Report on sanitation, dispensaries, and jails in Rajputana for 1916, and on vaccination for the year 1916-1917 - 1916-1917
Year: 1916
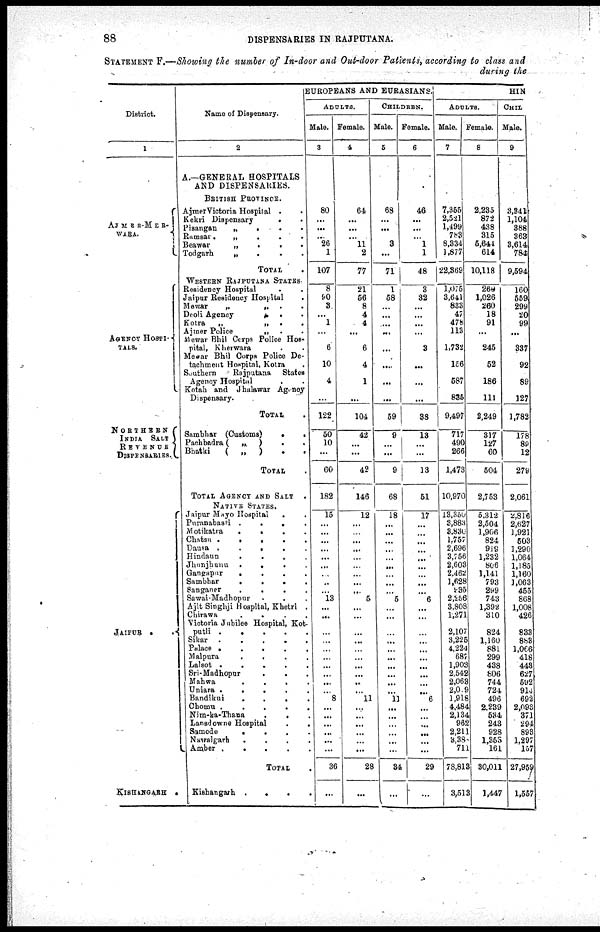
88
DISPENSARIES IN RAJPUTANA.
STATEMENT F.—Showing the number of In-door and Out-door Patients, according to class and
during the
District.
1
AJMER-MER-
WARA.
AGENCY
HOSPITAL.
NORTHERN
INDIA SALT
REVENUE
DISPENSARIES.
JAIPUR . .
KISHANGARH .
Name of Dispensary.
2
A.—GENERAL HOSPITALS
AND DISPENSARIES.
BRITISH PROVINCE.
Ajmer Victoria Hospital . .
Kekri Dispensary
.
.
Pisangan „ . . .
Ramsar .
„
.
.
.
Beawar
„
...
Todgarh
„ . . .
TOTAL.
WESTERN RAJPUTANA STATES.
Residency Hospital ..
Jaipur Residency Hospital . .
Mewar
„
„ . .
Deoli Agency
„
.
.
Kotra
„ „ . .
Ajmer Police
„ . .
Mewar Bhil Corps Police
Hospital, Kherwara . .
Mewar Bhil Corps Police De-
tachment Hospital, Kotra .
Southern
Rajputana
State
Agency Hospital ..
Kotah and Jhulawar Agency
Dispensary.
TOTAL.
Sambhar (Customs)
..
Pacbhadra (
„
) . .
Bhatki
(
„
) . .
TOTAL.
TOTAL AGENCY AND SALT
NATIVE STATES.
Jaipur Mayo Hospital . .
Puranabasti
.
.
.
.
Motikatra....
Chatsu
.
.
.
.
.
Dausa .
.
.
. .
Hindaun
.
.
.
.
Jhunjhunu
.
.
.
.
Gangapur
.
.
.
.
Sambhar
.
.
.
.
Sanganer
.
.
.
.
Sawai-Madhopur . . . .
Ajit Singhji Hospital, Khetri .
Chirawa . . . .
Victoria Jubilee Hospital, Kot-
putli
....
Sikar
....
Palace
....
Malpura
.
.
.
Lalsot .
.
.
.
Sri-Madhopur . . . .
Mahwa
.
.
.
.
Uniara .
.
.
.
Bandikui
.
.
.
.
Chomu .
.
.
.
Nim-ka-Thana . . . .
Lansdowne Hospital . .
Samodo . . . .
Nawalgarh . . . .
Amber .
.
.
.
TOTAL.
Kishangarh . . . .
EUROPEANS AND EURASIANS.
ADULTS.
Male.
3
80
...
...
...
26
1
107
8
90
3
...
1
...
6
10
4
...
122
50
10
...
60
182
15
...
...
...
...
...
...
...
...
...
13
...
...
...
...
...
...
...
...
...
...
8
...
...
...
...
...
...
36
...
Female.
4
64
...
...
...
11
2
77
21
56
8
4
4
...
6
4
1
...
104
42
...
...
42
146
12
...
...
...
...
...
...
...
...
... 5
...
...
...
...
...
...
...
...
...
...
11
...
...
...
...
...
...
28
...
CHILDREN.
Male.
5
68
...
...
...
3
...
71
1
58
...
...
...
...
...
...
...
...
59
9
...
...
9
68
18
...
...
...
...
...
...
...
...
...
5
...
...
...
...
...
...
...
...
...
...
11
...
...
...
...
...
...
34
...
Female.
6
46
...
...
...
1
1
48
3
32
...
...
...
...
3
...
...
...
38
13
...
...
13
51
17
...
...
...
...
...
...
...
...
...
6
...
...
...
...
...
...
...
...
...
...
6
...
...
...
...
...
...
29
...
HIN
ADULTS.
Male.
7
7,355
2,521
1,499
783
8,334
1,877
22,369
1,075
3,641
833
47
478
113
1,732
156
587
835
9,497
717
490
266
1,473
10,970
13,350
3,883
3,830
1,757
2,696
3,756
2,603
2.462
1,628
935
2,256
3,808
1,271
2,107
3,225
4,224
687
1,903
2,542
2,063
2,09
1,918
4,484
2,134
962
2,211
3,38
711
78,813
3,513
Female.
8
2,235
872
438
315
5,641
614
10,118
260
1,026
260
18
91
...
245
52
186
111
2,249
317
127
60
504
2,753
5.312
2,504
1,906
824
919
1,232
806
1,141
793
299
743
1,392
310
824
1,160
881
299
438
806
744
724
496
2,239
534
243
928
1,353
161
30,011
1,447
CHIL
Male.
9
3,341
1,104
388
363
3,614
784
9,594
160
559
299
20
99
...
337
92
89
127
1,782
178
89
12
279
2,061
2,816
2,627
1,921
503
1,290
1,064
1,185
1,160
1,063
455
868
1,008
426
833
883
1,068
418
443
627
592
914
692
2,092
371
294
893
1,297
157
27,959
1,557